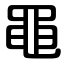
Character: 黽